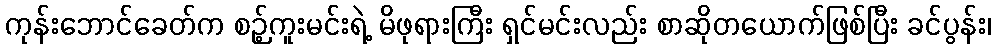
ကုန်းဘောင်ခေတ်က စဉ့်ကူးမင်းရဲ့ မိဖုရားကြီး ရှင်မင်းလည်း စာဆိုတယောက်ဖြစ်ပြီး ခင်ပွန်း၊